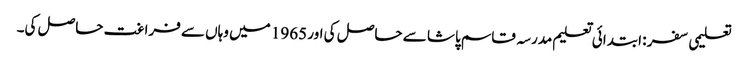
تعلیمی سفر : ابتدائی تعلیم مدرسہ قاسم پاشا سے حاصل کی اور 1965 میں وہاں سے فراغت حاصل کی۔